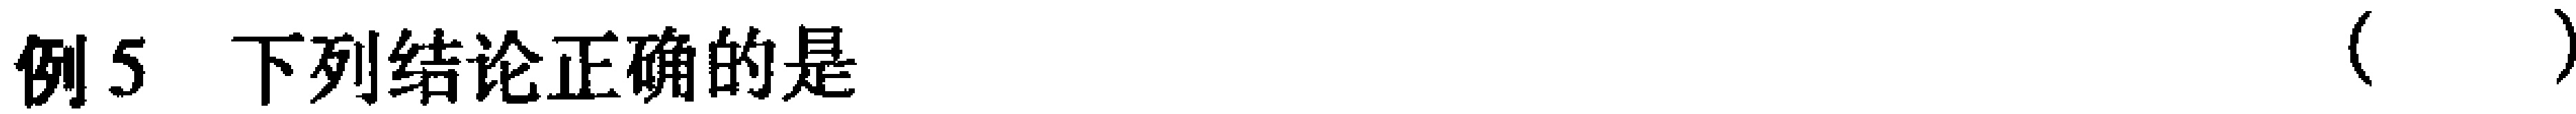
例5 下列结论正确的是（  ）